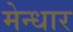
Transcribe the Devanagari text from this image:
मेन्धार